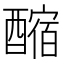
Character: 𨢲